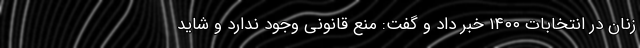
زنان در انتخابات ۱۴۰۰ خبر داد و گفت: منع قانونی وجود ندارد و شاید